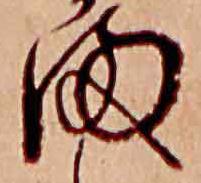
ま